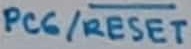
Text: PC6/RESET